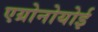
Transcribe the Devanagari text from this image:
एग्रोनोयोई